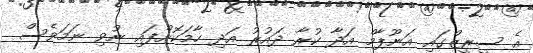
އެ ސީރީޒްގައި އަނޫޕާމް އަދާ ކުރާ ދައުރު އަދި ހާމަކޮށްފައި ނުވި ނަމަވެސް